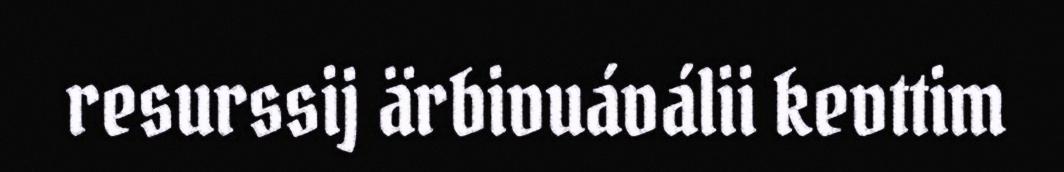
resurssij ärbivuáválii kevttim